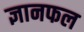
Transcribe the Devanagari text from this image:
ज्ञानफल